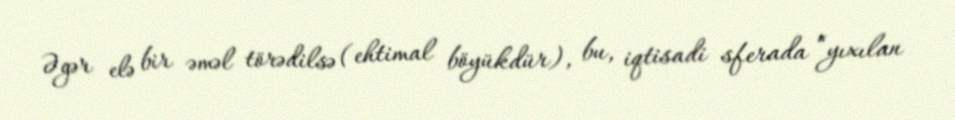
Əgər elə bir əməl törədilsə (ehtimal böyükdür), bu, iqtisadi sferada “yıxılan